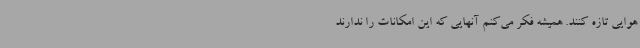
هوایی تازه کنند. همیشه فکر می‌کنم آنهایی که این امکانات را ندارند